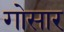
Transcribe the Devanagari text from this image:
गोसार